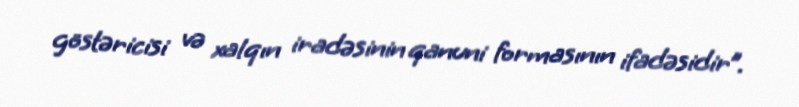
göstəricisi və xalqın iradəsinin qanuni formasının ifadəsidir”.